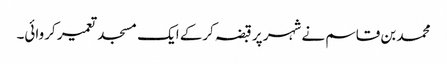
محمد بن قاسم نے شہر پر قبضہ کرکے ایک مسجد تعمیر کروائی۔